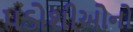
પડોશીઓનો